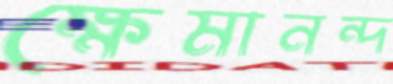
ক্ষেমানন্দ